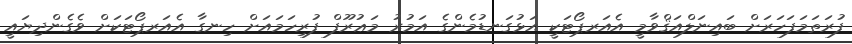
ފުރަތަމަފަހަރަށް ބައިނަލްއަޤްވާމީ އެއަރޕޯޓަކީ އަޅުގަނޑުމެންގެ އަމުރު މަޢުރޫފް ފުރިހަމައަށް ހިނގާ އެއަރޕޯޓަކަށް ވެގެންދިޔައީ